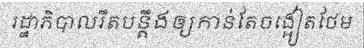
រដ្ឋាភិបាលរឹតបន្តឹងឲ្យកាន់តែចង្អៀតថែម